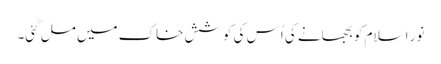
نورِ اسلام کو بجھانے کی اُس کی کوشش خاک میں مل گئی۔